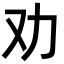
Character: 劝